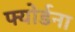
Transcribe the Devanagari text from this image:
फ्योर्डना